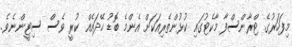
މިފަހަރުގެ ޓްރާންސްފާ މާކެޓުގައި ކުޅުންތެރިއަކަށް އެންމެ ބޮޑު ހޭދައެއް ކުރީ ވެސް ސިޓީންނެވެ.